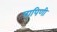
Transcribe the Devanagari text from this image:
पापिणी